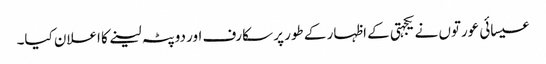
عیسائی عورتوں نے یکجہتی کے اظہار کے طور پر سکارف اور دوپٹہ لینے کا اعلان کیا۔